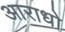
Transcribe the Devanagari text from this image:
आराधो